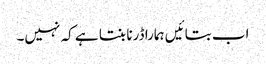
اب بتائیں ہمارا ڈرنا بنتا ہے کہ نہیں۔